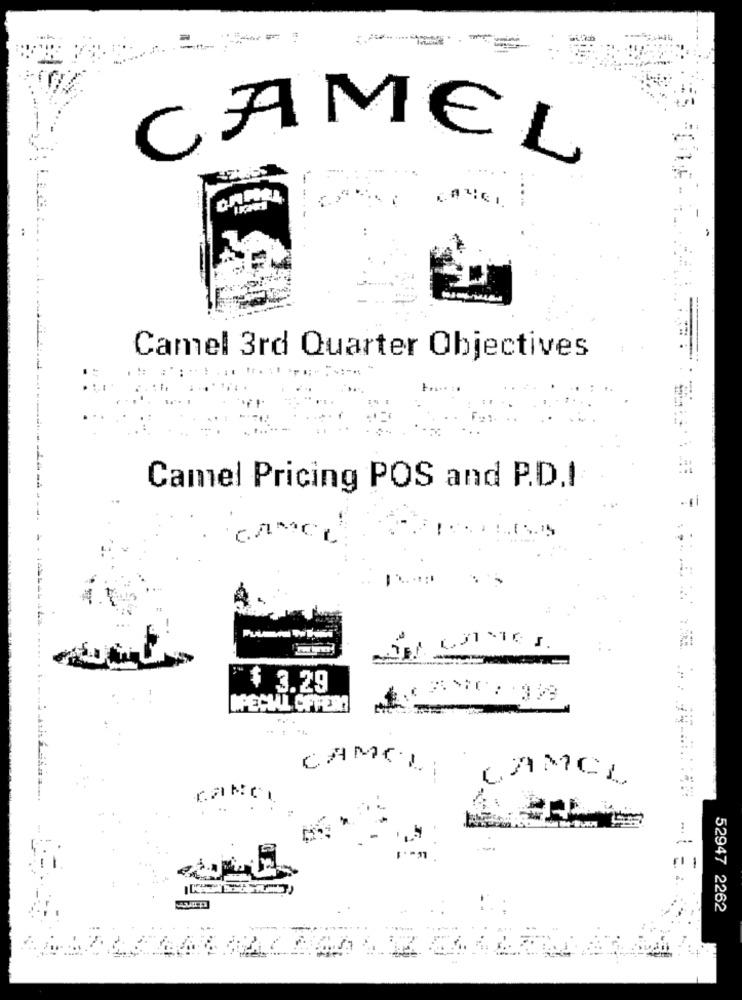
-
CAMEL
. ...
Camel 3rd Quarter Objectives
Camel Pricing POS and P.D.I
CAMCL
"$ 3.29
SPECIAL OFFER
CAMCLI
---
CAMCL
CANCI
52947 2262